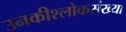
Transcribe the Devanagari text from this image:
उनकीश्लोकसंख्या